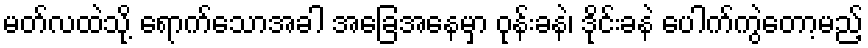
မတ်လထဲသို့ ရောက်သောအခါ အခြေအနေမှာ ဝုန်းခနဲ၊ ဒိုင်းခနဲ ပေါက်ကွဲတော့မည့်